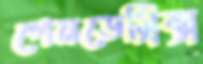
পেনডেম্রিক্স